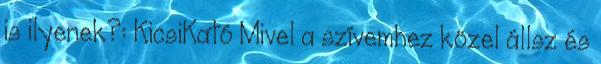
is ilyenek?: KicsiKató Mivel a szívemhez közel állsz és